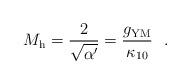
\begin{align*}M_{\rm h} = \frac{2}{\sqrt{\alpha'}} = \frac{g_{\rm YM}}{\kappa_{10}}~~.\end{align*}